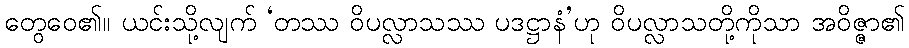
တွေဝေ၏။ ယင်းသို့လျက် ‘တဿ ဝိပလ္လာသဿ ပဒဋ္ဌာနံ’ဟု ဝိပလ္လာသတို့ကိုသာ အဝိဇ္ဇာ၏